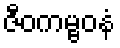
ဇီဝကမ္ဗဝနံ